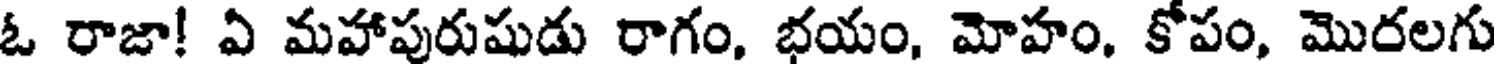
ఓ రాజా! ఏ మహాపురుషుడు రాగం, భయం, మోహం. కోపం, మొరలగు